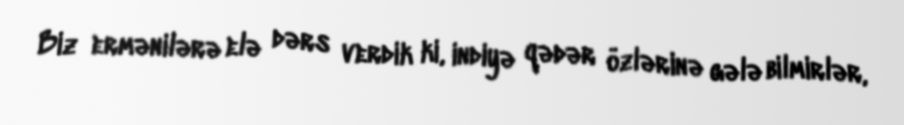
Biz ermənilərə elə dərs verdik ki, indiyə qədər özlərinə gələ bilmirlər,